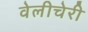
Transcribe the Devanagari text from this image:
वेलीचेरी